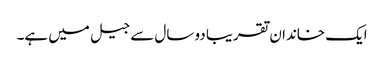
ایک خاندان تقریبا دو سال سے جیل میں ہے۔